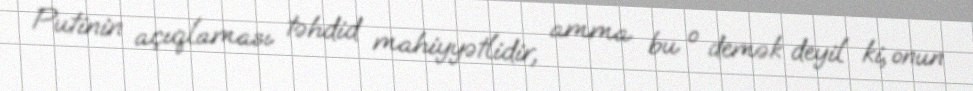
Putinin açıqlaması təhdid mahiyyətlidir, amma bu o demək deyil ki, onun